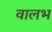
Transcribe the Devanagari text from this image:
वालभ